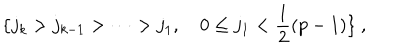
\{ j _ { k } > j _ { k - 1 } > \cdots > j _ { 1 } , ~ 0 \leq j _ { 1 } < \frac { 1 } { 2 } ( p - 1 ) \} ~ ,